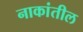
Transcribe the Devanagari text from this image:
नाकांतील